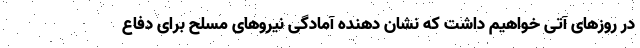
در روزهای آتی خواهیم داشت که نشان دهنده آمادگی نیروهای مسلح برای دفاع